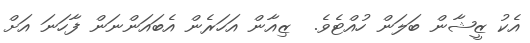
އެކު ޒީޝާން ބަލަން ހުއްޓެވެ.  ޒިއާން އަހަރެން އެބައަންނަން ފާހަނަ އަށް